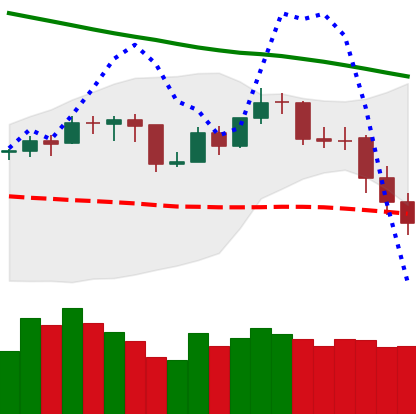
Ticker: BNB-USD
Chart end date: 2019-11-20
Forward return: -15.985%
Label: down_7plus